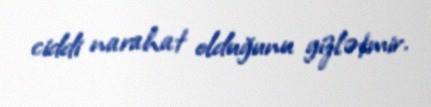
ciddi narahat olduğunu gizlətmir.